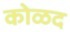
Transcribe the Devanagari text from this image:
कोळद